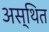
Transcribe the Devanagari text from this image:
अस्थित